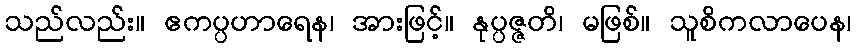
သည်လည်း။ ဧကပ္ပဟာရေန၊ အားဖြင့်။ နုပ္ပဇ္ဇတိ၊ မဖြစ်။ သူစိကလာပေန၊